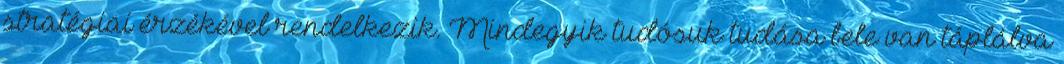
stratégiai érzékével rendelkezik. Mindegyik tudósuk tudása bele van táplálva